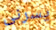
يسرنى